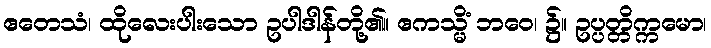
ဧတေသံ၊ ထိုလေးပါးသော ဥပါဒါန်တို့၏။ ဧကသ္မိံ ဘဝေ၊ ၌။ ဥပ္ပတ္တိက္ကမော၊